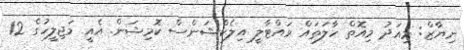
ނިޔާޒް: މިއަދު މިއޮތް ހާލަތައް ވައްޓާލީ އިލެކްޝަންސް ކޮމިޝަން. އެއީ މަޖިލީހުގެ 12